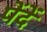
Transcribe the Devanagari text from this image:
पेंदें